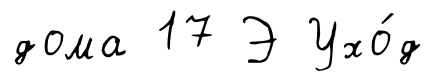
дома 17 Э Ухо́д